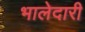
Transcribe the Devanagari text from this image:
भालेदारी